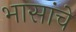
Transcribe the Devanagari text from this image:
भासांचे